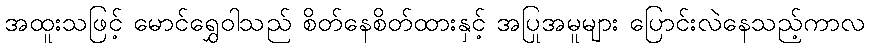
အထူးသဖြင့် မောင်ရွှေဝါသည် စိတ်နေစိတ်ထားနှင့် အပြုအမူများ ပြောင်းလဲနေသည့်ကာလ